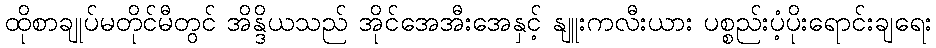
ထိုစာချုပ်မတိုင်မီတွင် အိန္ဒိယသည် အိုင်အေအီးအေနှင့် နျူးကလီးယား ပစ္စည်းပံ့ပိုးရောင်းချရေး